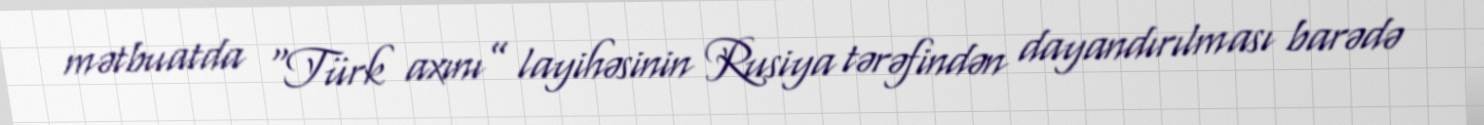
mətbuatda “Türk axını” layihəsinin Rusiya tərəfindən dayandırılması barədə